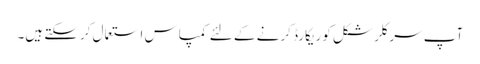
آپ سرکلر شکل کو ریکارڈ کرنے کے لئے کمپاس استعمال کرسکتے ہیں۔